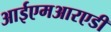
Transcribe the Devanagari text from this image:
आईएमआरएडी